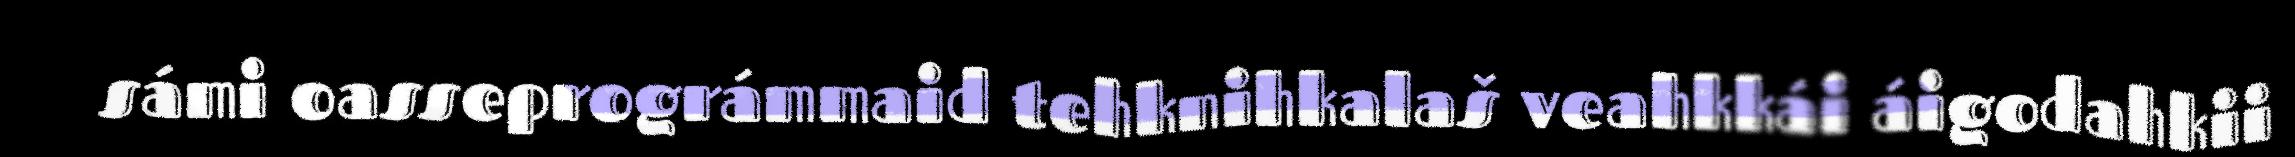
sámi oasseprográmmaid tehknihkalaš veahkkái áigodahkii